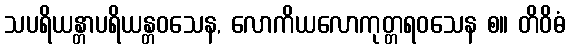
သပရိယန္တာပရိယန္တဝသေန, လောကိယလောကုတ္တရဝသေန စ။ တိဝိဓံ